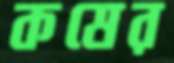
কষের